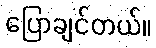
ပြောချင်တယ်။